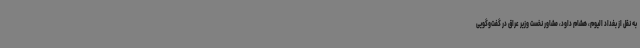
به نقل از بغداد الیوم، هشام داود، مشاور نخست وزیر عراق در گفت‌وگویی